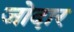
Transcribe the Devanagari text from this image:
जोदार